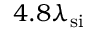
4 . 8 \lambda _ { \mathrm { s i } }